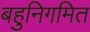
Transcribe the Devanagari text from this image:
बहुनिगमित